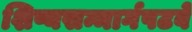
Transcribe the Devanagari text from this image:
शिष्यसन्मार्गपटवे